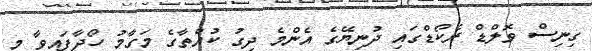
ގިނިސް ވޮލްޑް ރެކޯޑްގައި ދުނިޔޭގެ އެންމެ ދިގު ކުއްތާގެ މަގާމު ހޯދާފައިވާ މި